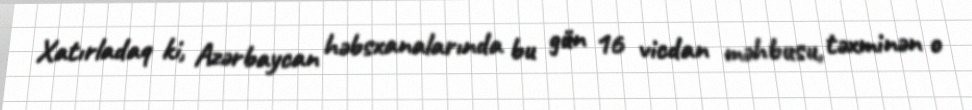
Xatırladaq ki, Azərbaycan həbsxanalarında bu gün 16 vicdan məhbusu, təxminən o